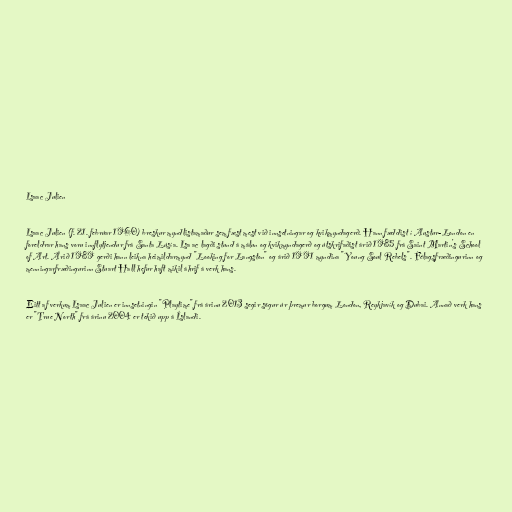
Isaac Julien

Isaac Julien (f. 21. febrúar 1960) breskur myndlistamaður sem fæst mest við innsetningar og kvikmyndagerð. Hann fæddist í Austur-London en
foreldrar hans voru innflytjendur frá Santa Lúsía. Isa ac lagði stund á málun og kvikmyndagerð og útskrifaðist árið 1985 frá Saint Martin's School
of Art. Árið 1989 gerði hann leikna heimildarmynd "Looking for Langston" og árið 1991 myndina "Young Soul Rebels". Félagsfræðingurinn og
menningarfræðingurinn Stuart Hall hefur haft mikil áhrif á verk hans.

Eitt af verkum Isaac Julien er innsetningin "Playtime" frá árinu 2013 segir sögur úr þremur borgum London, Reykjavík og Dubai. Annað verk hans
er "True North" frá árinu 2004 er tekið upp á Íslandi.